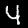
Label: 4